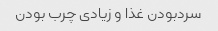
سردبودن غذا و زیادی چرب بودن